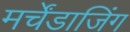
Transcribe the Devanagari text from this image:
मर्चेंडाजिंग